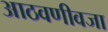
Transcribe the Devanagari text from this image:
आठवणीवजा